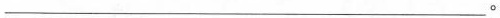
___。